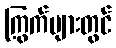
ကြွက်များတွင်